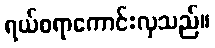
ရယ်စရာကောင်းလှသည်။